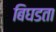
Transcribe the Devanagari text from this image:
बिघडता